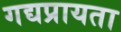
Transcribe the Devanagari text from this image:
गद्यप्रायता